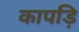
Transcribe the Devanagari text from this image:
कापड़ि